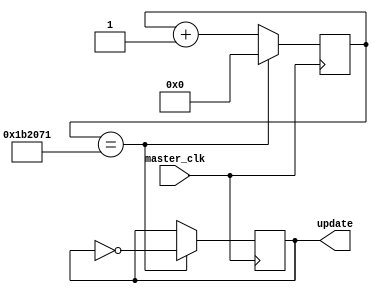
//copied from Instructables
module updateClk(master_clk, update);
	input master_clk;
	output reg update;
	reg [21:0]count;	

	always@(posedge master_clk)
	begin
		count <= count + 1;
		if(count == 1777777)
		begin
			update <= ~update;
			count <= 0;
		end	
	end
endmodule